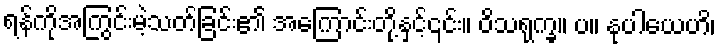
ရန်ကိုအကြွင်းမဲ့သတ်ခြင်း၏ အကြောင်းတို့နှင့်၎င်း။ ဝိသရုက္ခ။ ပ။ နုပါယေဟိ၊